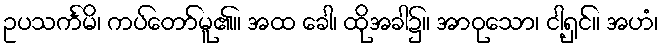
ဥပသင်္ကမိ၊ ကပ်တော်မူ၏။ အထ ခေါ၊ ထိုအခါ၌။ အာဝုသော၊ ငါ့ရှင်။ အဟံ၊